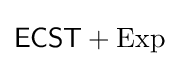
{\mathsf {ECST}}+{\mathrm {Exp} }